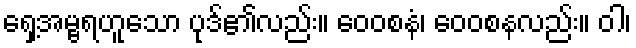
ရှေ့အမ္ဗရဟူသော ပုဒ်၏လည်း။ ဝေဝစနံ၊ ဝေဝစနလည်း။ ဝါ၊